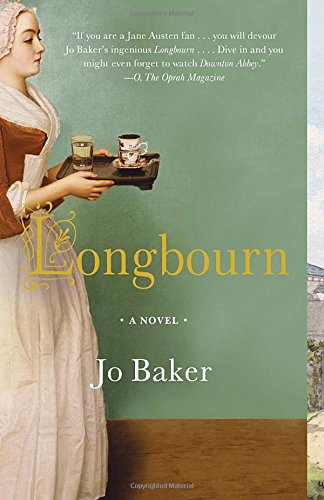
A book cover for Longbourn; Jo Baker; Romance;